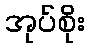
အုပ်စိုး